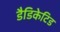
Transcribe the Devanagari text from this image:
डैडिकेटिड